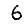
Digit: 6